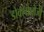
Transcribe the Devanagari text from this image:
डोक्सोलोजी